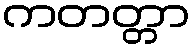
ကတတ္တာ